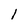
Character: 1